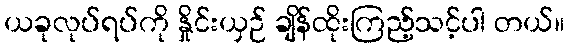
ယခုလုပ်ရပ်ကို နှိုင်းယှဉ် ချိန်ထိုးကြည့်သင့်ပါ တယ်။